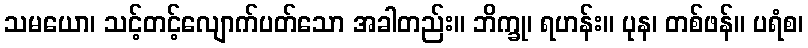
သမယော၊ သင့်တင့်လျောက်ပတ်သော အခါတည်း။ ဘိက္ခု၊ ရဟန်း။ ပုန၊ တစ်ဖန်။ ပရံစ၊